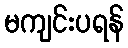
မကျင်းပရန်